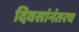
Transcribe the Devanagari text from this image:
दिवसांनंतरच